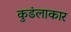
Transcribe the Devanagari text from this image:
कुडंलाकार